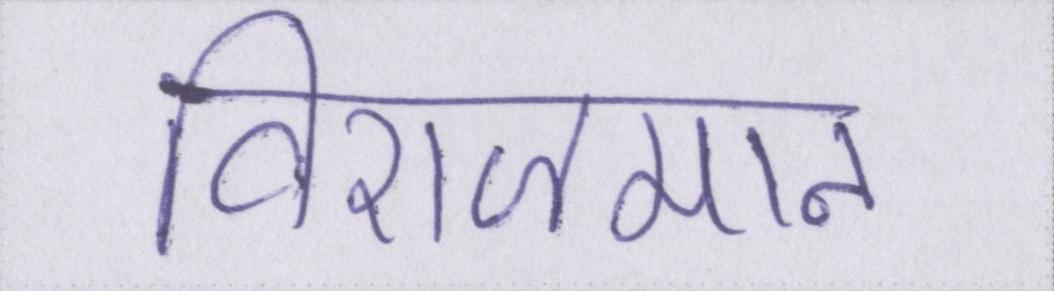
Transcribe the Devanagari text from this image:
विराजमान